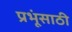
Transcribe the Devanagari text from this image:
प्रभूंसाठी